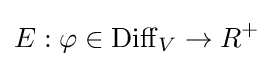
E:\varphi \in \operatorname {Diff} _{V}\rightarrow R^{+}